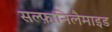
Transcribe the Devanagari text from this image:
सल्फ़ानिलैमाइड